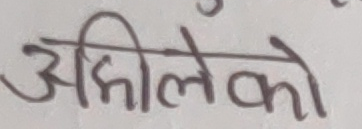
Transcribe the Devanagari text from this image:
अहिलेको